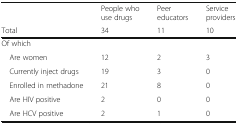
|  | People who use drugs | Peer educators | Service providers |
 | Total | 34 | 11 | 10 |
 | --- | --- | --- | --- |
 | <COLSPAN=4> Of which |
 | Are women | 12 | 2 | 3 |
 | Currently inject drugs | 19 | 3 | 0 |
 | Enrolled in methadone | 21 | 8 | 0 |
 | Are HIV positive | 2 | 0 | 0 |
 | Are HCV positive | 2 | 1 | 0 |